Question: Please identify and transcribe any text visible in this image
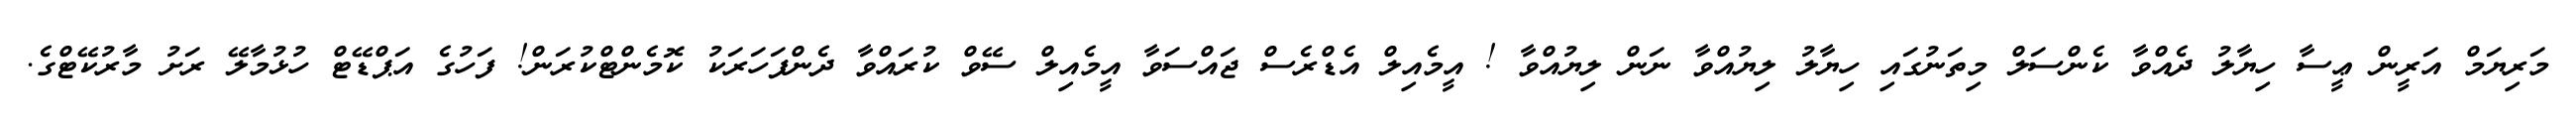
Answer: މަރިޔަމް އަރީން ޢީސާ ހިޔާލު ދެއްވާ ކެންސަލް މިތަނުގައި ހިޔާލު ލިޔުއްވާ ނަން ލިޔުއްވާ ! އީމެއިލް އެޑްރެސް ޖައްސަވާ އީމެއިލް ސޭވް ކުރައްވާ ދެންފަހަރަކު ކޮމެންޓްކުރަން! ފަހުގެ އަޕްޑޭޓް ހުޅުމާލޭ ރަށު މާރުކޭޓްގެ.